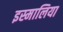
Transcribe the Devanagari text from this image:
इस्मालिया